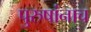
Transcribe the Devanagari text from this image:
पुरुषांनाच